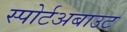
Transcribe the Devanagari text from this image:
स्पोर्टअबाउट